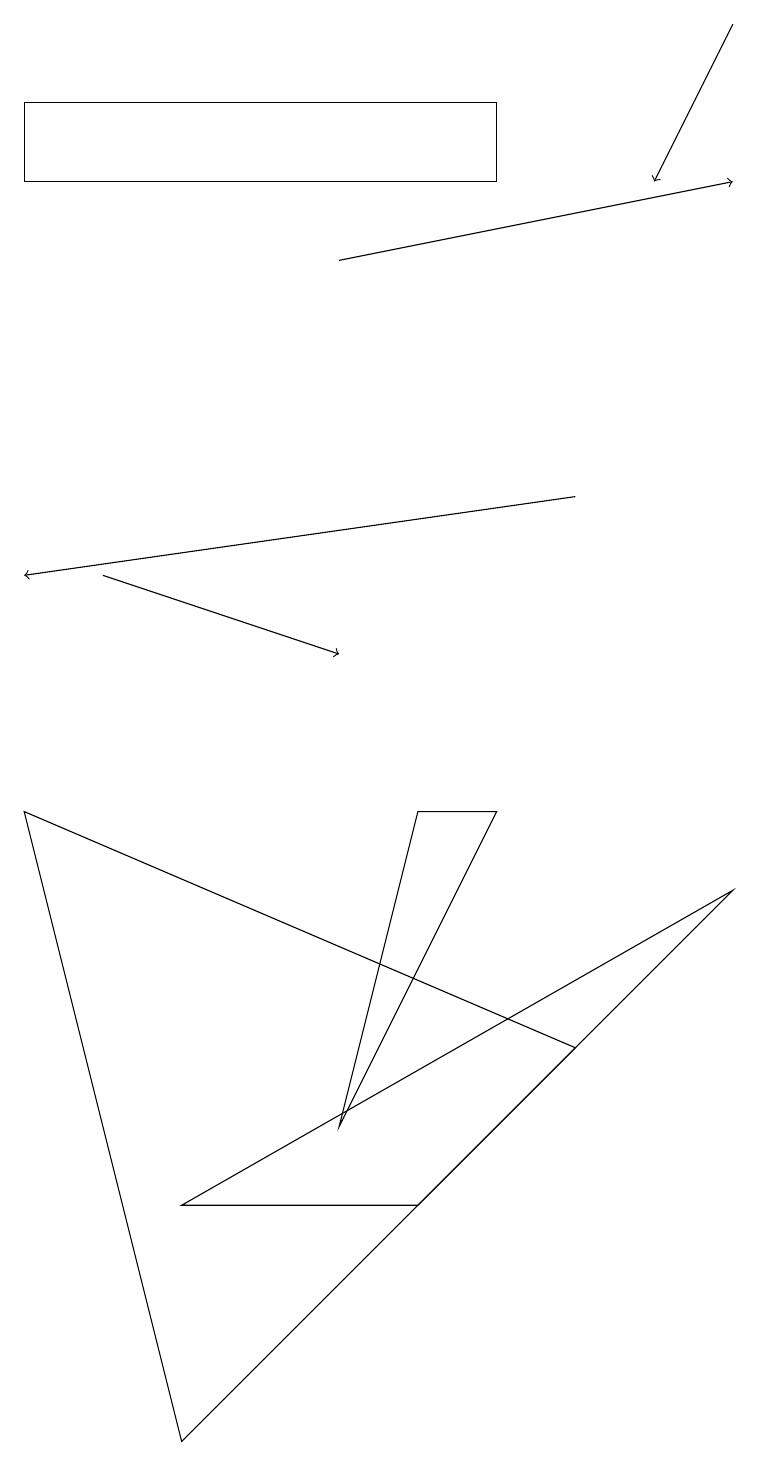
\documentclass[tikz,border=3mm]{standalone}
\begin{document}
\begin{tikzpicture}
\draw[->] (7,13) -- (0,12);
\draw (0,17) rectangle (6,18);
\draw[->] (4,16) -- (9,17);
\draw (6,9) -- (5,9) -- (4,5) -- cycle;
\draw[->] (1,12) -- (4,11);
\draw[->] (9,19) -- (8,17);
\draw (2,4) -- (9,8) -- (5,4) -- cycle;
\draw (2,1) -- (7,6) -- (0,9) -- cycle;
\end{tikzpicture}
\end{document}